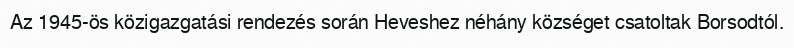
Az 1945-ös közigazgatási rendezés során Heveshez néhány községet csatoltak Borsodtól.